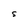
Character: S